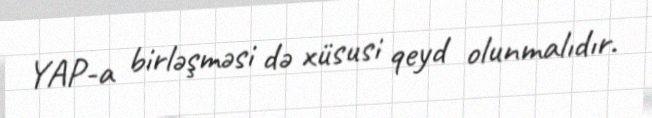
YAP-a birləşməsi də xüsusi qeyd olunmalıdır.